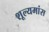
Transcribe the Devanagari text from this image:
शूल्यमांस